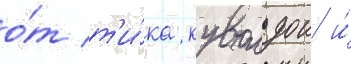
о́т т'и́ка кувалдои и́